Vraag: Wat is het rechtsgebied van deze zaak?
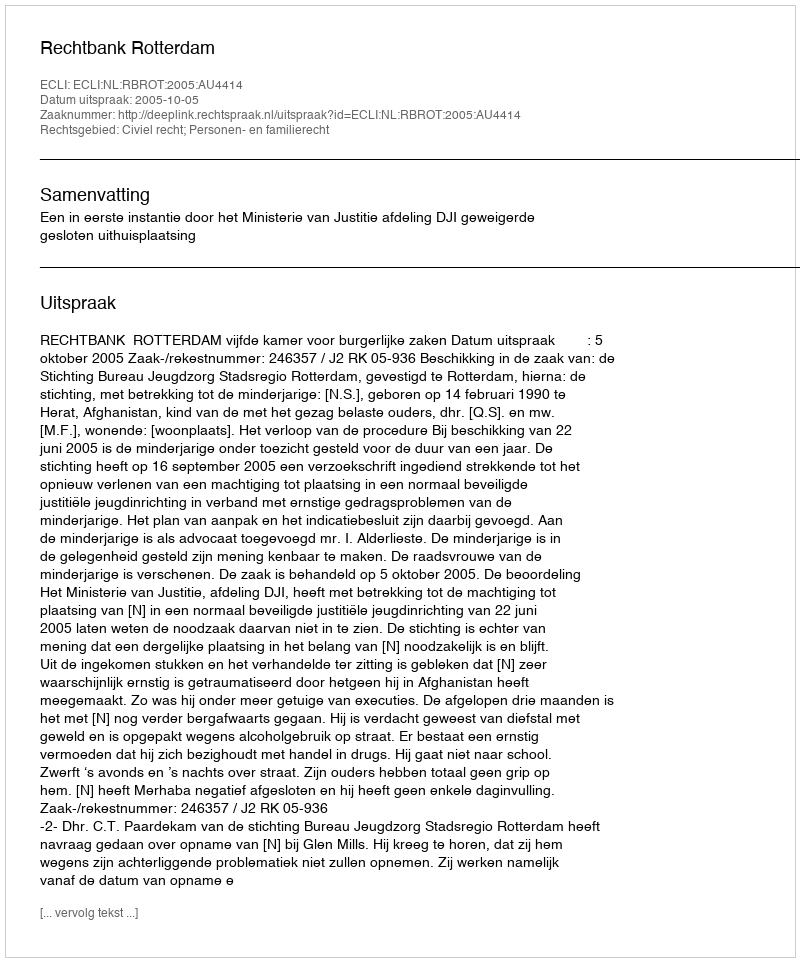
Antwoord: Civiel recht; Personen- en familierecht